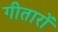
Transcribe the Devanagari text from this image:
गीतारों